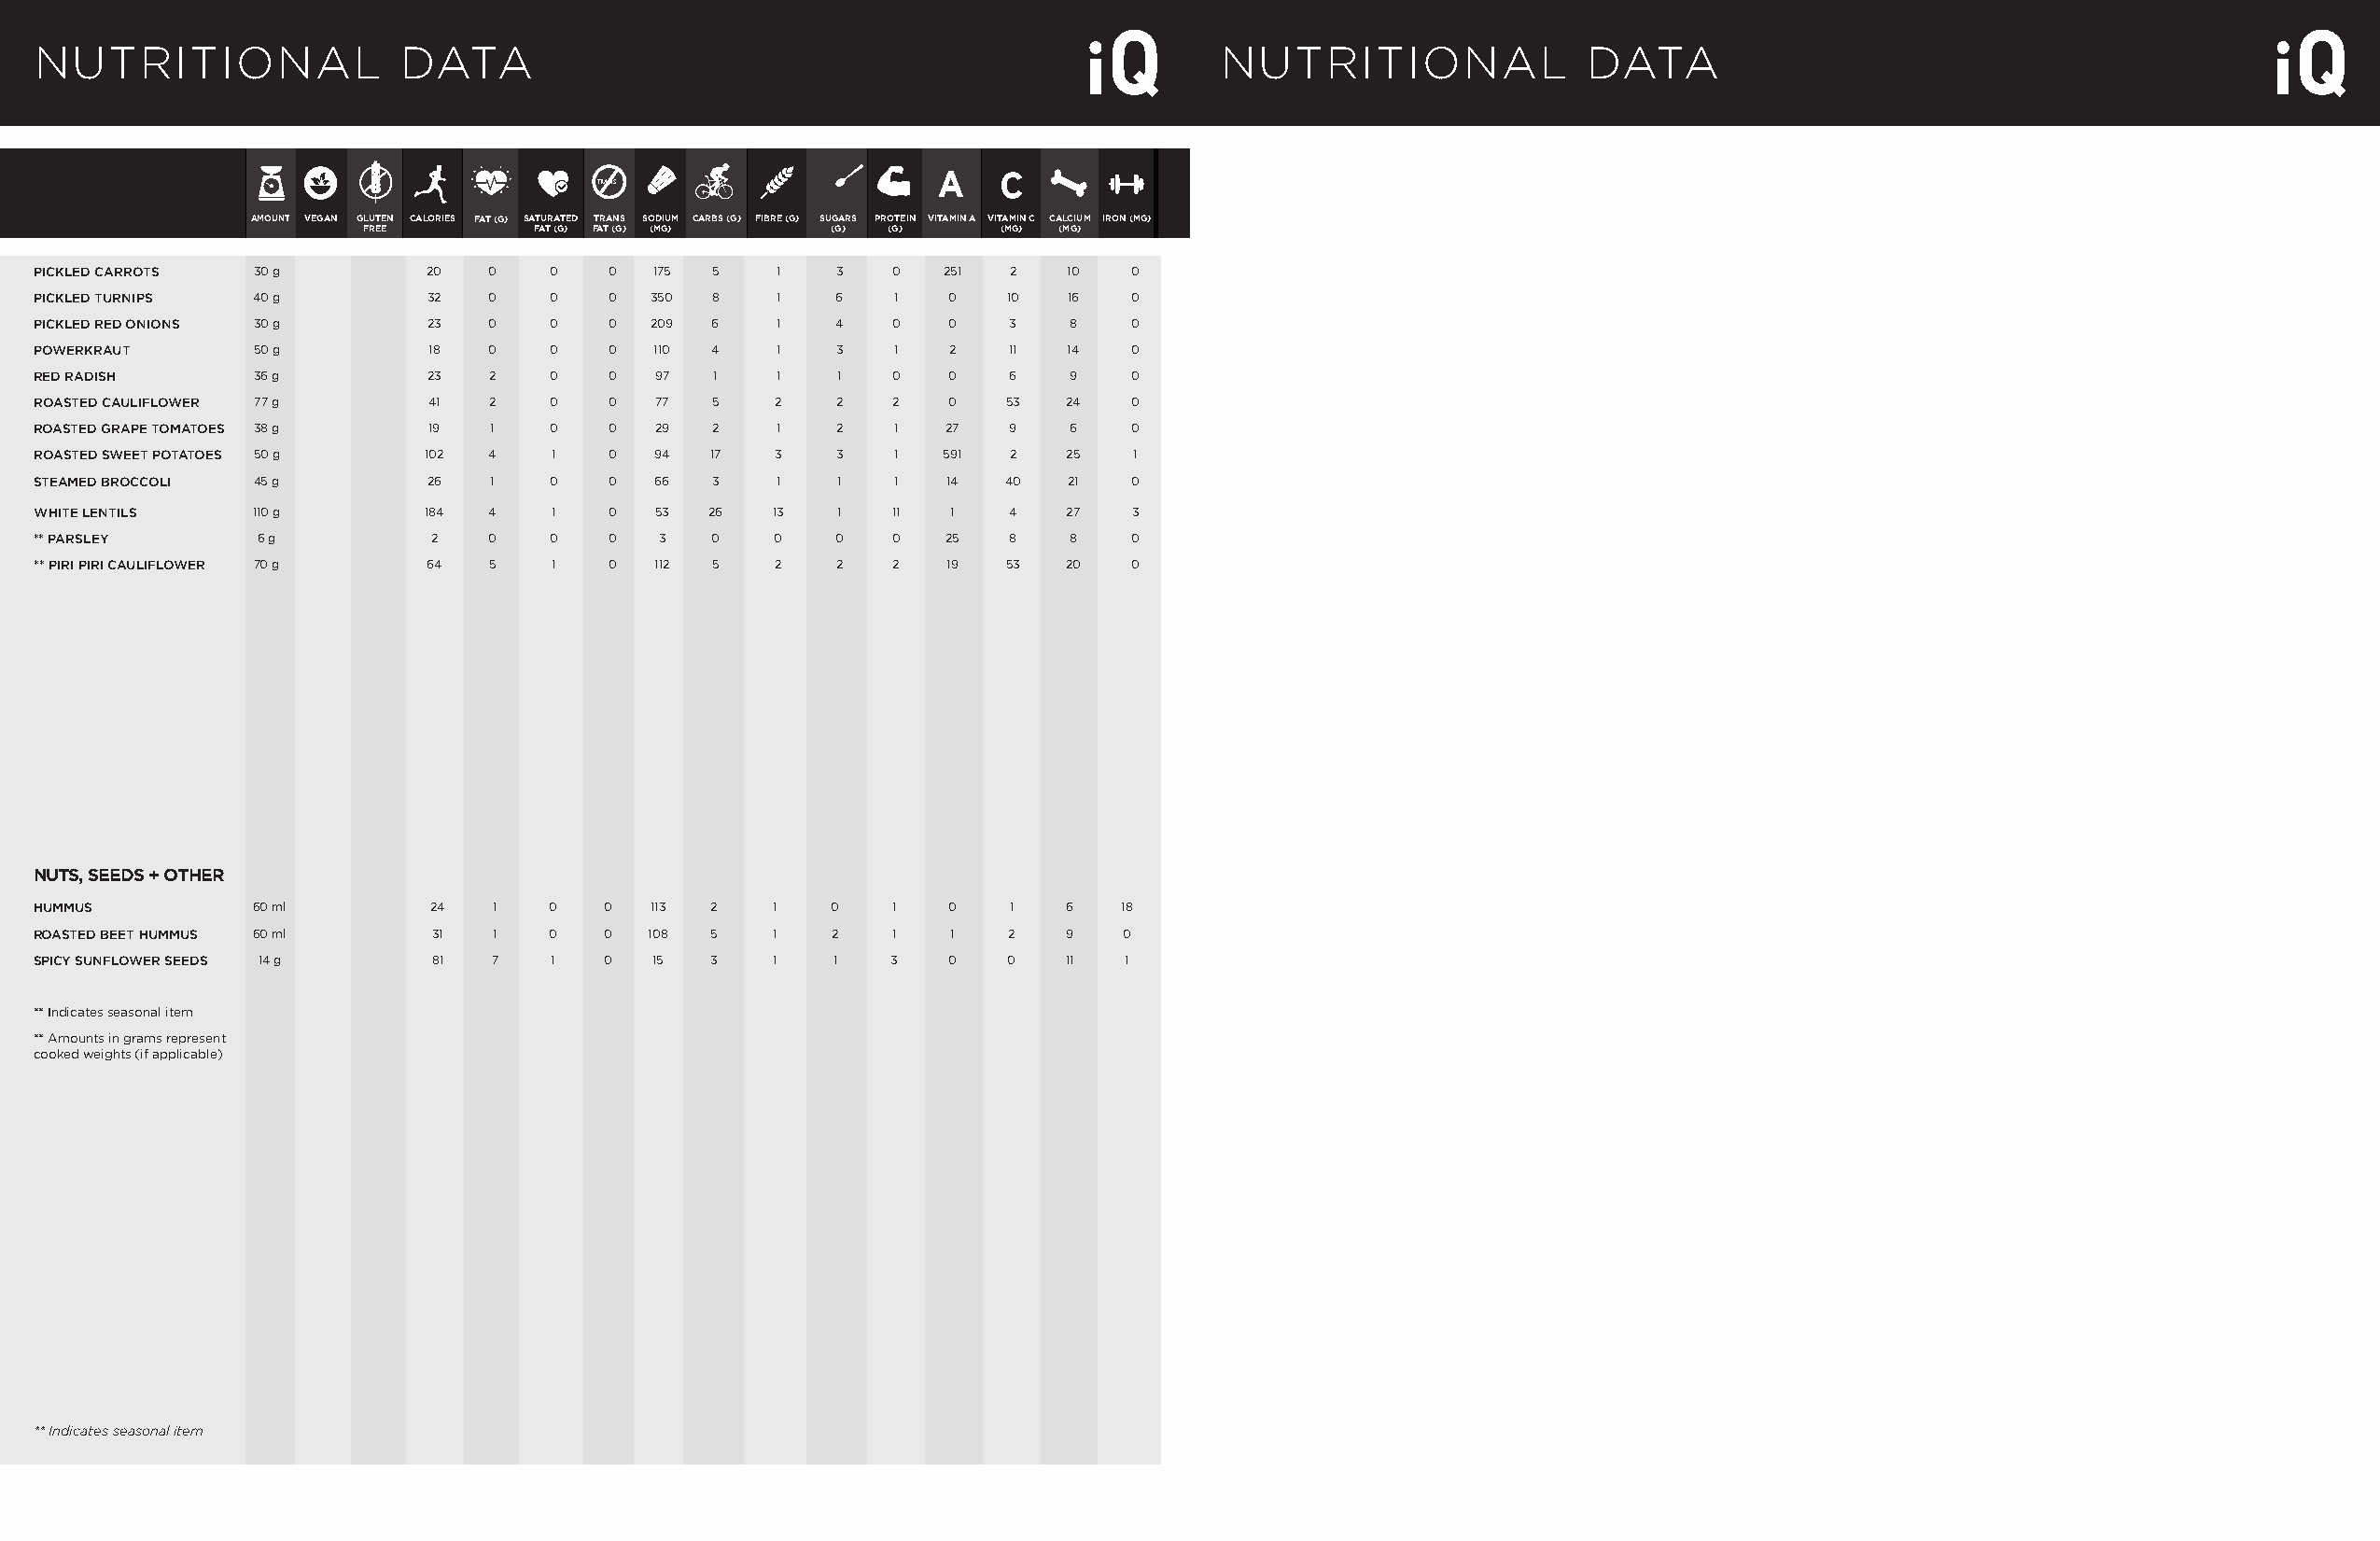
NUTRITIONAL               DATA                                                       NUTRITIONAL               DATA
 TRANS
 AMOUNT VEGAN GLUTEN CALORIES FAT (G) SATURATED TRANS SODIUM CARBS (G) FIBRE (G) SUGARS PROTEIN VITAMIN A VITAMIN C CALCIUM IRON (MG)
 FREE        FAT (G) FAT (G) (MG) (G) (G)     (MG) (MG)
 PICKLED CARROTS 30 g        20   0   0   0  175 5    1   3   0   251  2   10  0
 PICKLED TURNIPS 40 g        32   0   0   0  350 8    1   6   1   0   10   16  0
 PICKLED RED ONIONS 30 g     23   0   0   0  209 6    1   4   0   0    3   8   0
 POWERKRAUT      50 g        18   0   0   0  110 4    1   3   1   2    11  14  0
 RED RADISH      36 g        23   2   0   0  97   1   1   1   0   0    6   9   0
 ROASTED CAULIFLOWER 77 g    41   2   0   0  77  5    2   2   2   0   53   24  0
 ROASTED GRAPE TOMATOES 38 g 19   1   0   0  29  2    1   2   1   27   9   6   0
 ROASTED SWEET POTATOES 50 g 102  4   1   0  94  17   3   3   1   591  2   25  1
 STEAMED BROCCOLI 45 g       26   1   0   0  66  3    1   1   1   14  40   21  0
 WHITE LENTILS   110 g       184  4   1   0  53  26   13  1   11  1    4   27  3
 ** PARSLEY      6 g          2   0   0   0   3  0    0   0   0   25   8   8   0
 ** PIRI PIRI CAULIFLOWER 70 g 64 5   1   0  112 5    2   2   2   19  53   20  0
 NUTS, SEEDS + OTHER
 HUMMUS          60 ml        24  1   0   0  113 2    1   0   1   0    1   6   18
 ROASTED BEET HUMMUS 60 ml    31  1   0   0  108 5    1   2   1   1    2   9   0
 SPICY SUNFLOWER SEEDS 14 g   81  7   1   0  15  3    1   1   3   0   0    11  1
 ** Indicates seasonal item
 ** Amounts in grams represent
 cooked weights (if applicable)
 ** Indicates seasonal item